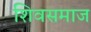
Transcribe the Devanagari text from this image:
शिवसमाज